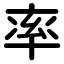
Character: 率